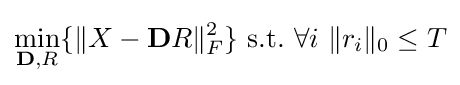
\min _{\mathbf {D} ,R}\{\|X-\mathbf {D} R\|_{F}^{2}\}\,\,{\text{s.t.}}\,\,\forall i\,\,\|r_{i}\|_{0}\leq T